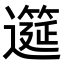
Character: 𫑎